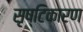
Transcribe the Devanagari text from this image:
सृष्टिकारण